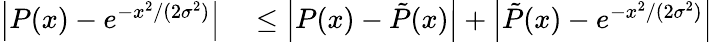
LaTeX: \begin{array}{rl}{\left|P(x)-e^{-x^{2}/(2\sigma^{2})}\right|}&{{}\le\left|P(x)-\tilde{P}(x)\right|+\left|\tilde{P}(x)-e^{-x^{2}/(2\sigma^{2})}\right|}\end{array}